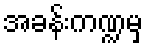
အခန်းကဏ္ဍမှ